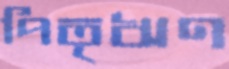
পিতৃঋণ